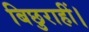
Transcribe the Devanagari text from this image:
बिछुराहीं।